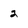
Character: 2